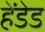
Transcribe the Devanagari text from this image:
हेंडेड